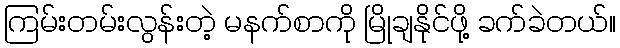
ကြမ်းတမ်းလွန်းတဲ့ မနက်စာကို မြိုချနိုင်ဖို့ ခက်ခဲတယ်။